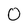
Character: O